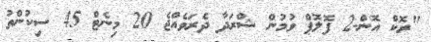
"ރޮކް އޮން-2 ފޮލޮޕް ވުމުން ޝްރަދާ ދެރަވެއްޖެ 20 މިނެޓް 45 ސިކުންތު